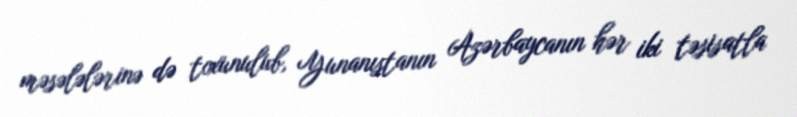
məsələlərinə də toxunulub, Yunanıstanın Azərbaycanın hər iki təsisatla